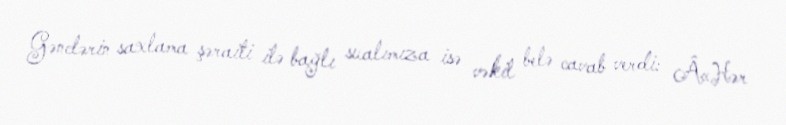
Gənclərin saxlama şəraiti ilə bağlı sualımıza isə vəkil belə cavab verdi: Â«Hər